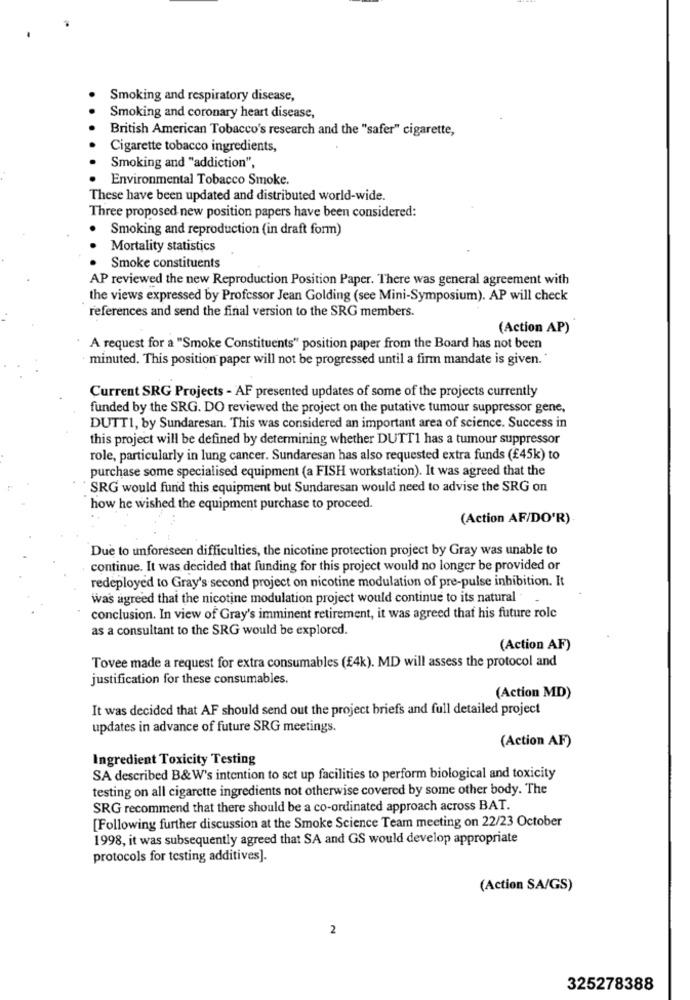
Smoking and respiratory disease,
Smoking and coronary heart disease,
British American Tobacco's research and the "safer" cigarette,
Cigarette tobacco ingredients,
Smoking and "addiction",
Environmental Tobacco Smoke.
These have been updated and distributed world-wide.
Three proposed new position papers have been considered:
.
Smoking and reproduction (in draft form)
Mortality statistics
· Smoke constituents
AP reviewed the new Reproduction Position Paper. There was general agreement with
the views expressed by Professor Jean Golding (see Mini-Symposium). AP will check
references and send the final version to the SRG members.
(Action AP)
A request for a "Smoke Constituents" position paper from the Board has not been
minuted. This position paper will not be progressed until a firm mandate is given.
Current SRG Projects - AF presented updates of some of the projects currently
funded by the SRG. DO reviewed the project on the putative tumour suppressor gene,
DUTT1, by Sundaresan. This was considered an important area of science. Success in
this project will be defined by determining whether DUTT1 has a tumour suppressor
role, particularly in lung cancer. Sundaresan has also requested extra funds (£45k) to
purchase some specialised equipment (a FISH workstation). It was agreed that the
SRG would fund this equipment but Sundaresan would need to advise the SRG on
how he wished the equipment purchase to proceed.
(Action AF/DO'R)
Due to unforeseen difficulties, the nicotine protection project by Gray was unable to
continue. It was decided that funding for this project would no longer be provided or
redeployed to Gray's second project on nicotine modulation of pre-pulse inhibition. It
was agreed that the nicotine modulation project would continue to its natural
conclusion. In view of Gray's imminent retirement, it was agreed that his future role
as a consultant to the SRG would be explored.
(Action AF)
Tovee made a request for extra consumables (£4k). MD will assess the protocol and
justification for these consumables.
(Action MD)
It was decided that AF should send out the project briefs and full detailed project
updates in advance of future SRG meetings.
(Action AF)
Ingredient Toxicity Testing
SA described B&W's intention to set up facilities to perform biological and toxicity
testing on all cigarette ingredients not otherwise covered by some other body. The
SRG recommend that there should be a co-ordinated approach across BAT.
[Following further discussion at the Smoke Science Team meeting on 22/23 October
1998, it was subsequently agreed that SA and GS would develop appropriate
protocols for testing additives].
(Action SA/GS)
2
325278388